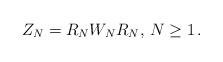
LaTeX: \begin{align*}Z_N=R_NW_NR_N,\,N\ge1\,.\end{align*}